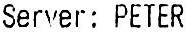
SERVER: PETER